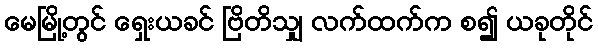
မေမြို့တွင် ရှေးယခင် ဗြိတိသျှ လက်ထက်က စ၍ ယခုတိုင်